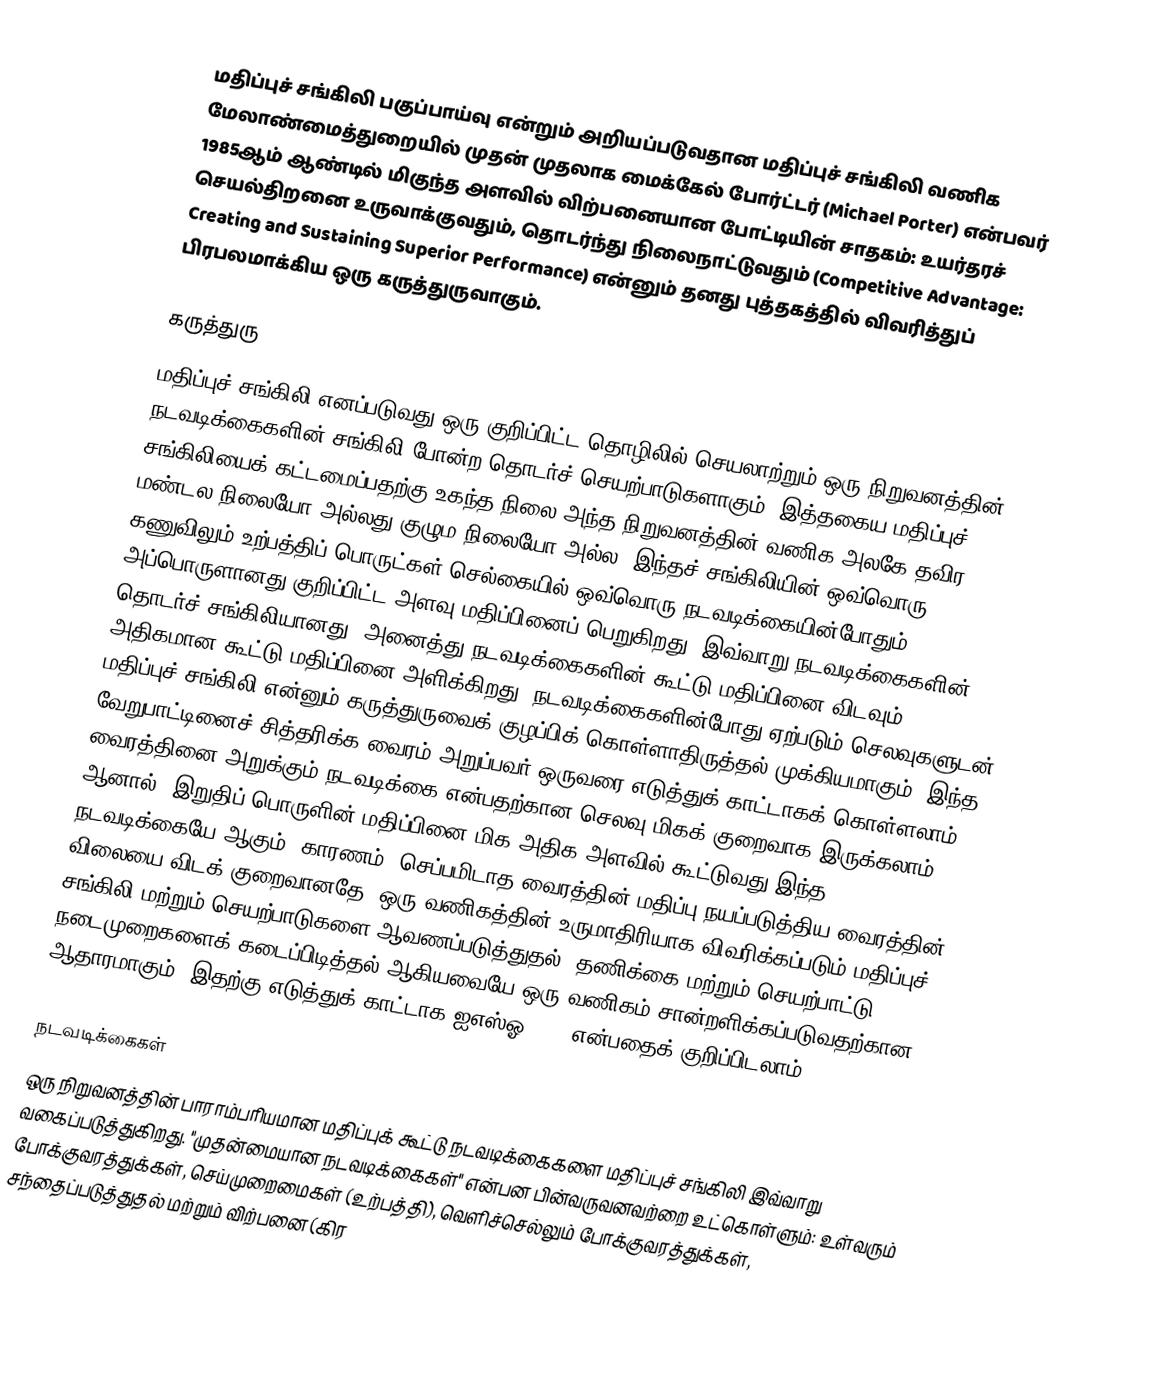
மதிப்புச் சங்கிலி பகுப்பாய்வு என்றும் அறியப்படுவதான மதிப்புச் சங்கிலி வணிக மேலாண்மைத்துறையில் முதன் முதலாக மைக்கேல் போர்ட்டர் (Michael Porter) என்பவர் 1985ஆம் ஆண்டில் மிகுந்த அளவில் விற்பனையான போட்டியின் சாதகம்: உயர்தரச் செயல்திறனை உருவாக்குவதும், தொடர்ந்து நிலைநாட்டுவதும் (Competitive Advantage: Creating and Sustaining Superior Performance) என்னும் தனது புத்தகத்தில் விவரித்துப் பிரபலமாக்கிய ஒரு கருத்துருவாகும்.

கருத்துரு
மதிப்புச் சங்கிலி எனப்படுவது ஒரு குறிப்பிட்ட தொழிலில் செயலாற்றும் ஒரு நிறுவனத்தின் நடவடிக்கைகளின் சங்கிலி போன்ற தொடர்ச் செயற்பாடுகளாகும். இத்தகைய மதிப்புச் சங்கிலியைக் கட்டமைப்பதற்கு உகந்த நிலை அந்த நிறுவனத்தின் வணிக அலகே தவிர, மண்டல நிலையோ அல்லது குழும நிலையோ அல்ல. இந்தச் சங்கிலியின் ஒவ்வொரு கணுவிலும் உற்பத்திப் பொருட்கள் செல்கையில் ஒவ்வொரு நடவடிக்கையின்போதும் அப்பொருளானது குறிப்பிட்ட அளவு மதிப்பினைப் பெறுகிறது. இவ்வாறு நடவடிக்கைகளின் தொடர்ச் சங்கிலியானது, அனைத்து நடவடிக்கைகளின் கூட்டு மதிப்பினை விடவும் அதிகமான கூட்டு மதிப்பினை அளிக்கிறது. நடவடிக்கைகளின்போது ஏற்படும் செலவுகளுடன் மதிப்புச் சங்கிலி என்னும் கருத்துருவைக் குழப்பிக் கொள்ளாதிருத்தல் முக்கியமாகும். இந்த வேறுபாட்டினைச் சித்தரிக்க வைரம் அறுப்பவர் ஒருவரை எடுத்துக் காட்டாகக் கொள்ளலாம். வைரத்தினை அறுக்கும் நடவடிக்கை என்பதற்கான செலவு மிகக் குறைவாக இருக்கலாம். ஆனால், இறுதிப் பொருளின் மதிப்பினை மிக அதிக அளவில் கூட்டுவது இந்த நடவடிக்கையே ஆகும். காரணம், செப்பமிடாத வைரத்தின் மதிப்பு நயப்படுத்திய வைரத்தின் விலையை விடக் குறைவானதே. ஒரு வணிகத்தின் உருமாதிரியாக விவரிக்கப்படும் மதிப்புச் சங்கிலி மற்றும் செயற்பாடுகளை ஆவணப்படுத்துதல், தணிக்கை மற்றும் செயற்பாட்டு நடைமுறைகளைக் கடைப்பிடித்தல் ஆகியவையே ஒரு வணிகம் சான்றளிக்கப்படுவதற்கான ஆதாரமாகும். இதற்கு எடுத்துக் காட்டாக ஐஎஸ்ஓ 9001 என்பதைக் குறிப்பிடலாம்.

நடவடிக்கைகள்
ஒரு நிறுவனத்தின் பாராம்பரியமான மதிப்புக் கூட்டு நடவடிக்கைகளை மதிப்புச் சங்கிலி இவ்வாறு வகைப்படுத்துகிறது. "முதன்மையான நடவடிக்கைகள்" என்பன பின்வருவனவற்றை உட்கொள்ளும்: உள்வரும் போக்குவரத்துக்கள், செய்முறைமைகள் (உற்பத்தி), வெளிச்செல்லும் போக்குவரத்துக்கள், சந்தைப்படுத்துதல் மற்றும் விற்பனை (கிர